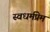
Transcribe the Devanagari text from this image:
स्वधर्मप्रेम